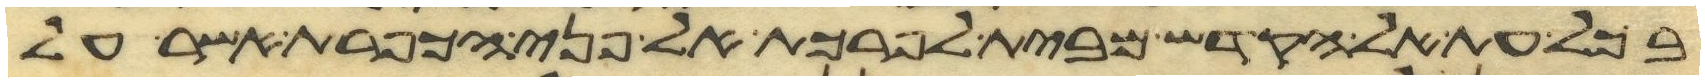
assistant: בכל עת אל הקדש מבית לפרכת אל פני הכפרת אשר על